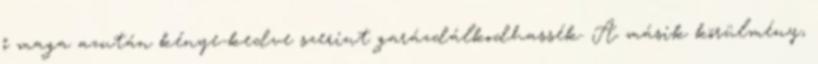
ő maga azután kénye-kedve szerint garázdálkodhassék. A másik körülmény,